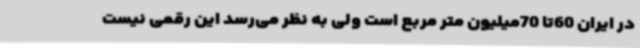
در ایران 60تا 70میلیون متر مربع است ولی به‌ نظر می‌رسد این رقمی نیست